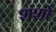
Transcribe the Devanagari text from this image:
शशो